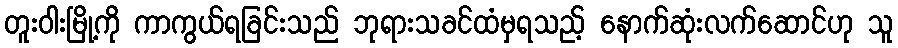
တူးဝါးမြို့ကို ကာကွယ်ရခြင်းသည် ဘုရားသခင်ထံမှရသည့် နောက်ဆုံးလက်ဆောင်ဟု သူ